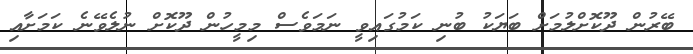
ބޭރުން ދޫކޮށްލުމަށް ބަޔަކު ބުނި ކަމުގައިވީ ނަމަވެސް މިމީހުން ދޫކޮށް ނުލެވޭނެ ކަމަށާއި